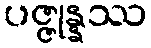
ပဇ္ဇုန္နဿ